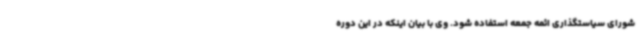
شورای سیاستگذاری ائمه جمعه استفاده شود. وی با بیان اینکه در این دوره